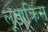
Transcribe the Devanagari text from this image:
लूडाक्रिस